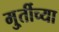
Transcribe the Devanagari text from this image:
मु्र्तीच्या